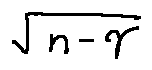
\sqrt { n - \gamma }